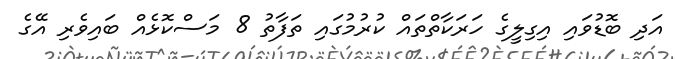
އަދި ބޮޑުވައި އިގިލީގެ ހަރަކާތްތައް ކުރުމުގައި ތަފާތު 8 މަސްކޮޅެއް ބައިވެރި އޭގެ